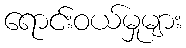
ရောင်းဝယ်မှုများ